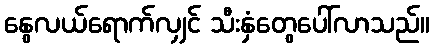
နွေလယ်ရောက်လျှင် သီးနှံတွေပေါ်လာသည်။